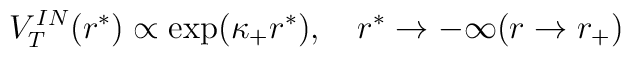
V_T^{IN}(r^*) \propto \exp (\kappa_+ r^*),~~~ r^* \to -\infty  (r \to r_+)